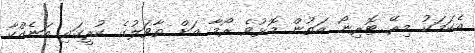
އެކަމަކު މިރޭ ޓޮރިނޯ އަތުން މޮޅުވެ ރޯމާ އަށް ތާވަލުގެ ކުރީގައި އަނެއްކާ